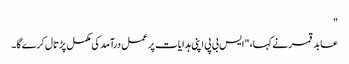
"
عابد قمر نے کہا، "ایس بی پی اپنی ہدایات پر عمل درآمد کی مکمل پڑتال کرے گا۔